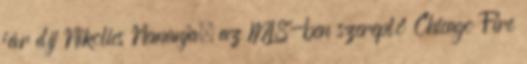
jár díj Nikolics Nemanja, az MLS-ben szereplő Chicago Fire